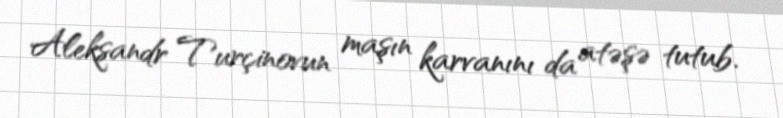
Aleksandr Turçinovun maşın karvanını da atəşə tutub.